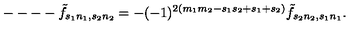
--- - \tilde { f } _ { s _ { 1 } n _ { 1 } , s _ { 2 } n _ { 2 } } = - ( - 1 ) ^ { 2 ( m _ { 1 } m _ { 2 } - s _ { 1 } s _ { 2 } + s _ { 1 } + s _ { 2 } ) } \tilde { f } _ { s _ { 2 } n _ { 2 } , s _ { 1 } n _ { 1 } } .